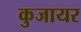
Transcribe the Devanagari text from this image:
कुजायर